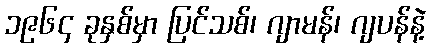
၁၉၆၄ ခုနှစ်မှာ ပြင်သစ်၊ ဂျာမန်၊ ဂျပန်နဲ့